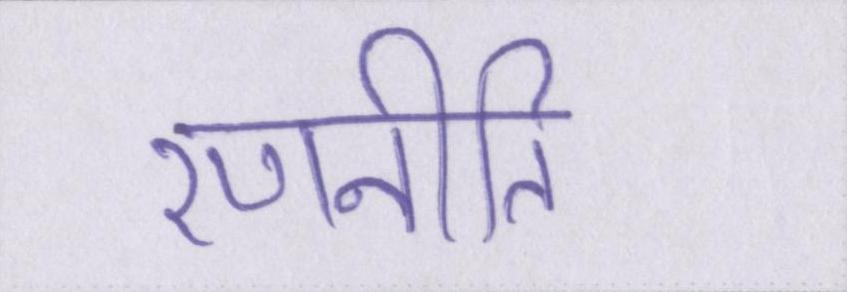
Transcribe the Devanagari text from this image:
रणनीति